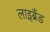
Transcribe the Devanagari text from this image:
लाइब्रैंड